Senior Leaving Certificate Examination (including Day School Certificate (Higher) General paper), 1946
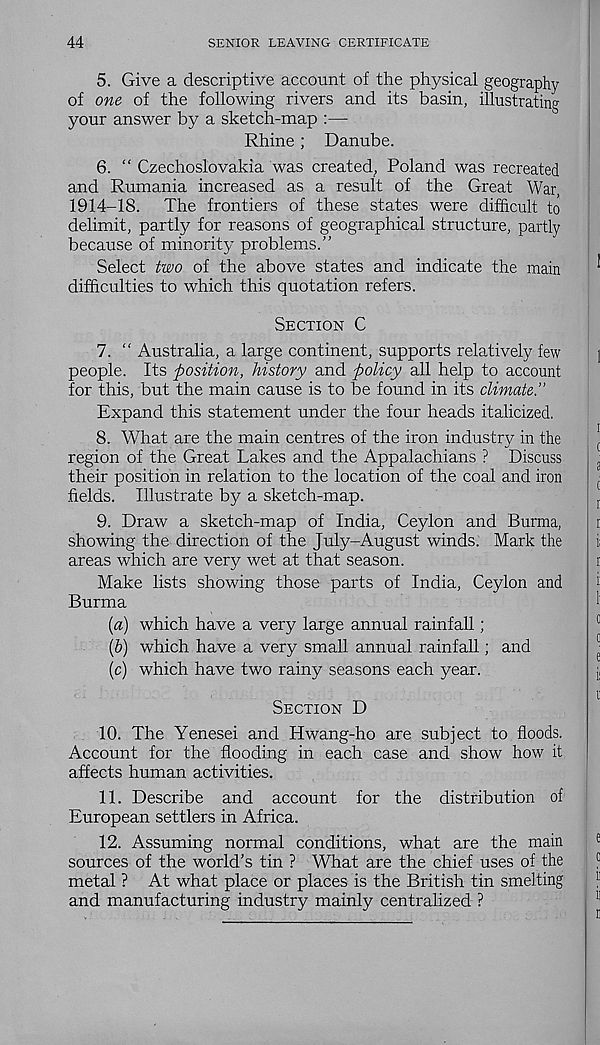
44
SENIOR LEAVING CERTIFICATE
5. Give a descriptive account of the physical geography
of one of the following rivers and its basin, illustrating
your answer by a sketch-map :—
Rhine; Danube.
6. “ Czechoslovakia was created, Poland was recreated
and Rumania increased as a result of the Great War,
1914-18.
The frontiers of these states were difficult to
delimit, partly for reasons of geographical structure, partly
because of minority problems.”
Select two of the above states and indicate the main
difficulties to which this quotation refers.
Section C
7. “ Australia, a large continent, supports relatively few
people. Its position, history and policy all help to account
for this, but the main cause is to be found in its climate.’’
Expand this statement under the four heads italicized.
8. What are the main centres of the iron industry in the
region of the Great Lakes and the Appalachians ? Discuss
their position in relation to the location of the coal and iron
fields. Illustrate by a sketch-map.
9. Draw a sketch-map of India, Ceylon and Burma,
showing the direction of the July-August winds. Mark the
areas which are very wet at that season.
Make lists showing those parts of India, Ceylon and
Burma
[a) which have a very large annual rainfall;
(&) which have a very small annual rainfall; and
(c) which have two rainy seasons each year.
Section D
10. The Yenesei and Hwang-ho are subject to floods.
Account for the flooding in each case and show how it
affects human activities.
11. Describe and account for the distribution of
European settlers in Africa.
12. Assuming normal conditions, what are the main
sources of the world’s tin ? What are the chief uses of the
metal ? At what place or places is the British tin smelting
and manufacturing industry mainly centralized ?